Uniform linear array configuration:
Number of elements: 32
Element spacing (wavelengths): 0.75
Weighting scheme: hamming
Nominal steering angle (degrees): -45
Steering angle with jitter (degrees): -45.123
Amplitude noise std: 0.05
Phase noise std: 0.05

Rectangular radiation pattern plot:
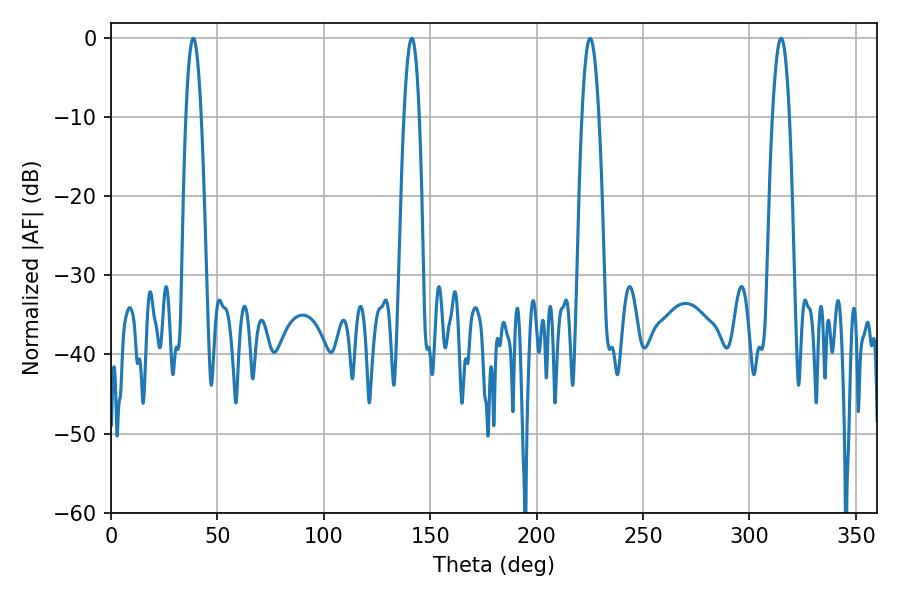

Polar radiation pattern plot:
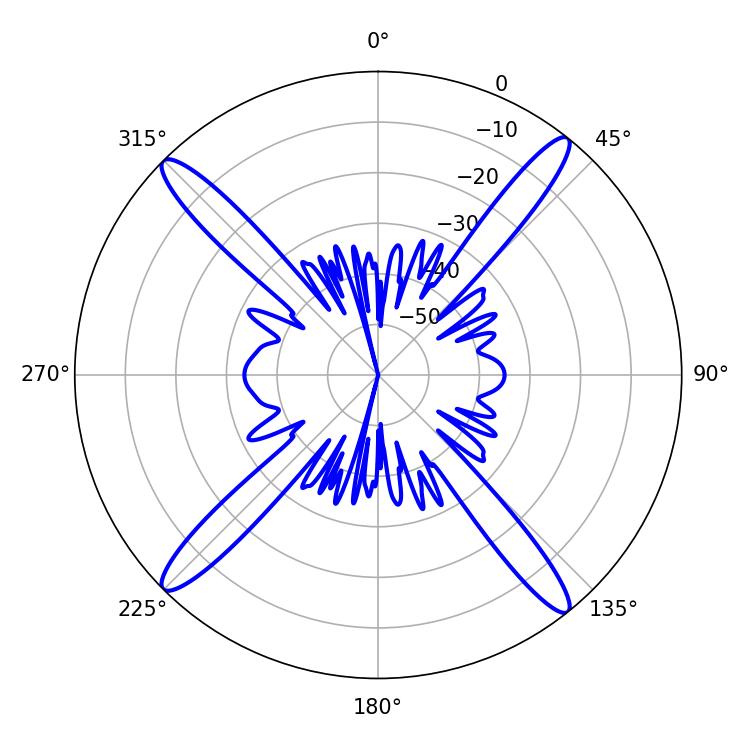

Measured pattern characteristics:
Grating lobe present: TRUE
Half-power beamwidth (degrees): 3.96
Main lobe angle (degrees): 141.3